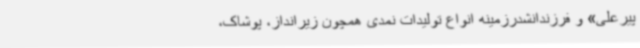
پیرعلی» و فرزندانشدرزمینه انواع تولیدات نمدی همچون زیرانداز، پوشاک،